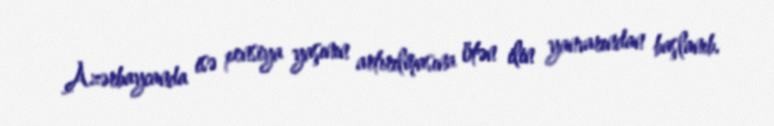
Azərbaycanda isə pensiya yaşının artırılmasına ötən ilin yanvarından başlanıb.